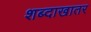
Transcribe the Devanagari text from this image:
शब्दाखातर